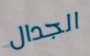
الجدال